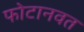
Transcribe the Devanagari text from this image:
फोटानवत